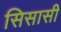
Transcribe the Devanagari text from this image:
सिसासी